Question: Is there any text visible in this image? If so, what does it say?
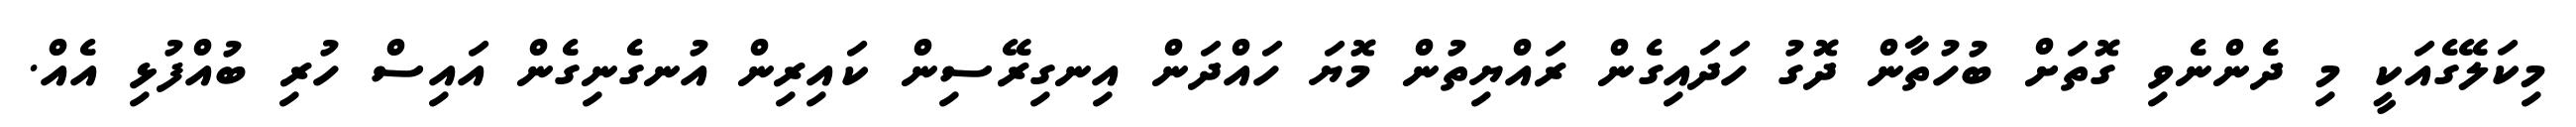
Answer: މިކަލޭގެއަކީ މި ދެންނެވި ގޮތަށް ބުހުތާން ދޮގު ހަދައިގެން ރައްޔިތުން މޮޔަ ހައްދަން އިނގިރޭސިން ކައިރިން އުނގެނިގެން އައިސް ހުރި ބުއްފުޅި އެއް.